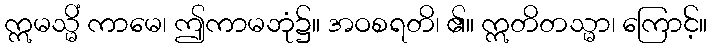
ဣမသ္မိံ ကာမေ၊ ဤကာမဘုံ၌။ အဝစရတိ၊ ၏။ ဣတိတသ္မာ၊ ကြောင့်။